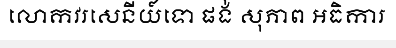
លោកវរសេនីយ៍ទោ ផង់ សុភាព អធិការ